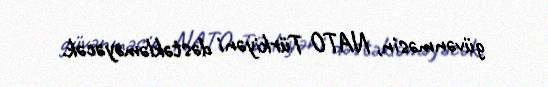
güvənməsin, NATO Türkiyəni dəstəkləməyəcək.